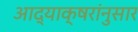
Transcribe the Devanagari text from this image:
आद्याक्षरांनुसार